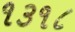
૧૩૧૮